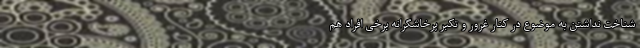
شناخت نداشتن به موضوع در کنار غرور و تکبر پرخاشگرانه برخی افراد هم